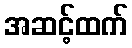
အဆင့်ထက်